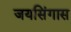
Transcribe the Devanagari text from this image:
जयसिंगास